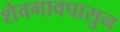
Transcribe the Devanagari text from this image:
शेवगावपासुन